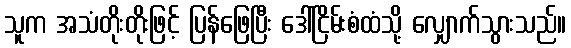
သူက အသံတိုးတိုးဖြင့် ပြန်ဖြေပြီး ဒေါ်ငြိမ်းစံထံသို့ လျှောက်သွားသည်။